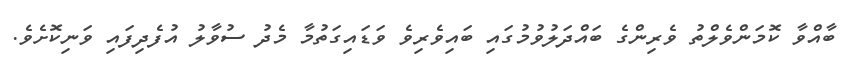
ބާއްވާ ކޮމަންވެލްތު ވެރިންގެ ބައްދަލުވުމުގައި ބައިވެރިވެ ވަޑައިގަތުމާ މެދު ސުވާލު އުފެދިފައި ވަނިކޮށެވެ.